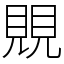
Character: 覞